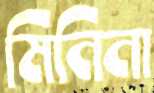
মিনিনা